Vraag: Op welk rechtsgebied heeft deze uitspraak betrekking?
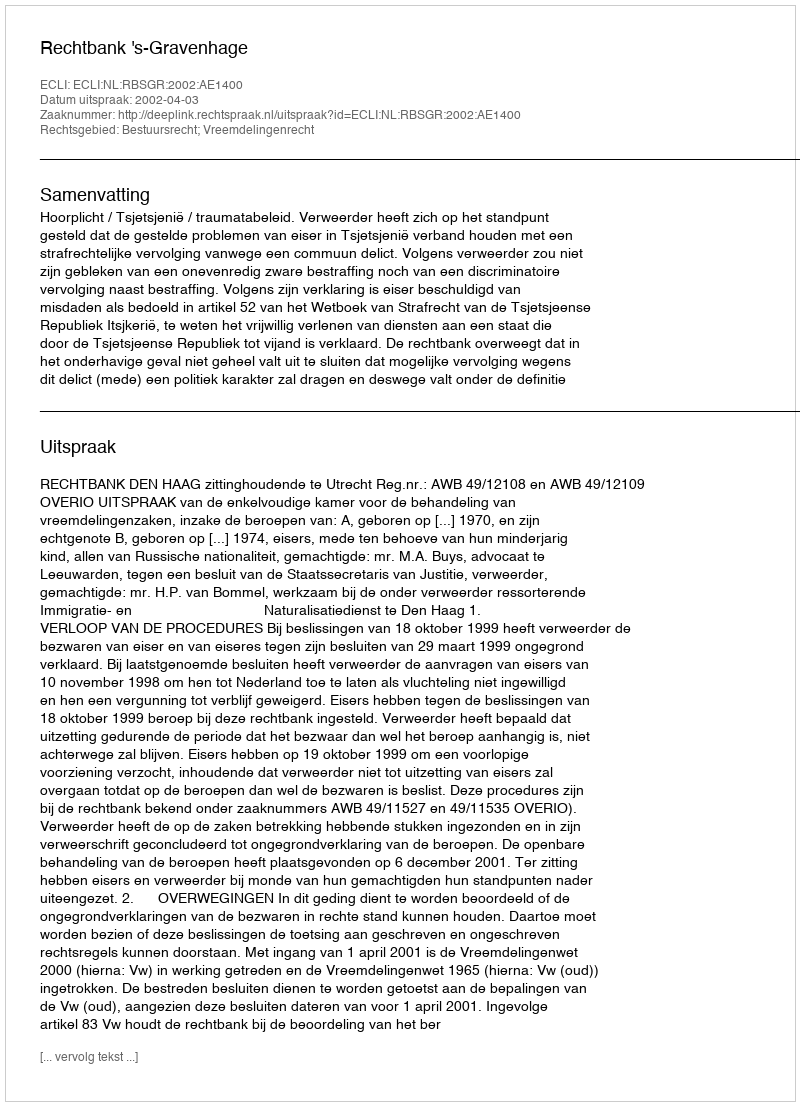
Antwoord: Bestuursrecht; Vreemdelingenrecht